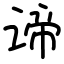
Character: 谛